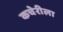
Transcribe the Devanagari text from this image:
कचेरीला